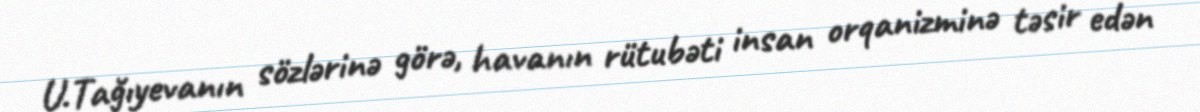
U.Tağıyevanın sözlərinə görə, havanın rütubəti insan orqanizminə təsir edən